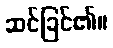
ဆင်ခြင်၏။